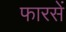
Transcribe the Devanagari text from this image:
फारसें